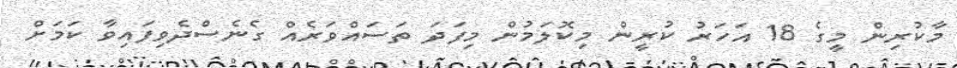
މާކުރިން މީގެ 18 އަހަރު ކުރީން މިކޮލަމުން މިފަދަ ތަސައްވަރެއް ގެނެސްދެވިފައިވާ ކަމަށް